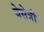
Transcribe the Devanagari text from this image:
बेसेत्री